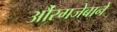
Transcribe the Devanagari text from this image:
औंरगजेबाने